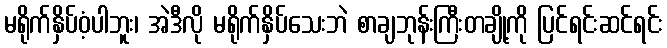
မရိုက်နှိပ်ဝံ့ပါဘူး၊ အဲဒီလို မရိုက်နှိပ်သေးဘဲ စာချဘုန်းကြီးတချို့ကို ပြင်ရင်းဆင်ရင်း